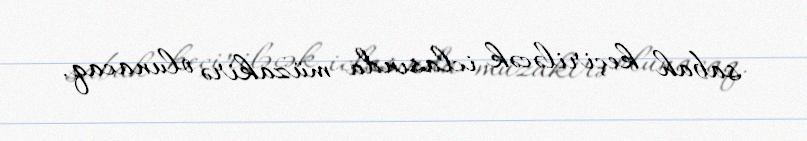
sabah keçiriləcək iclasında müzakirə olunacaq.